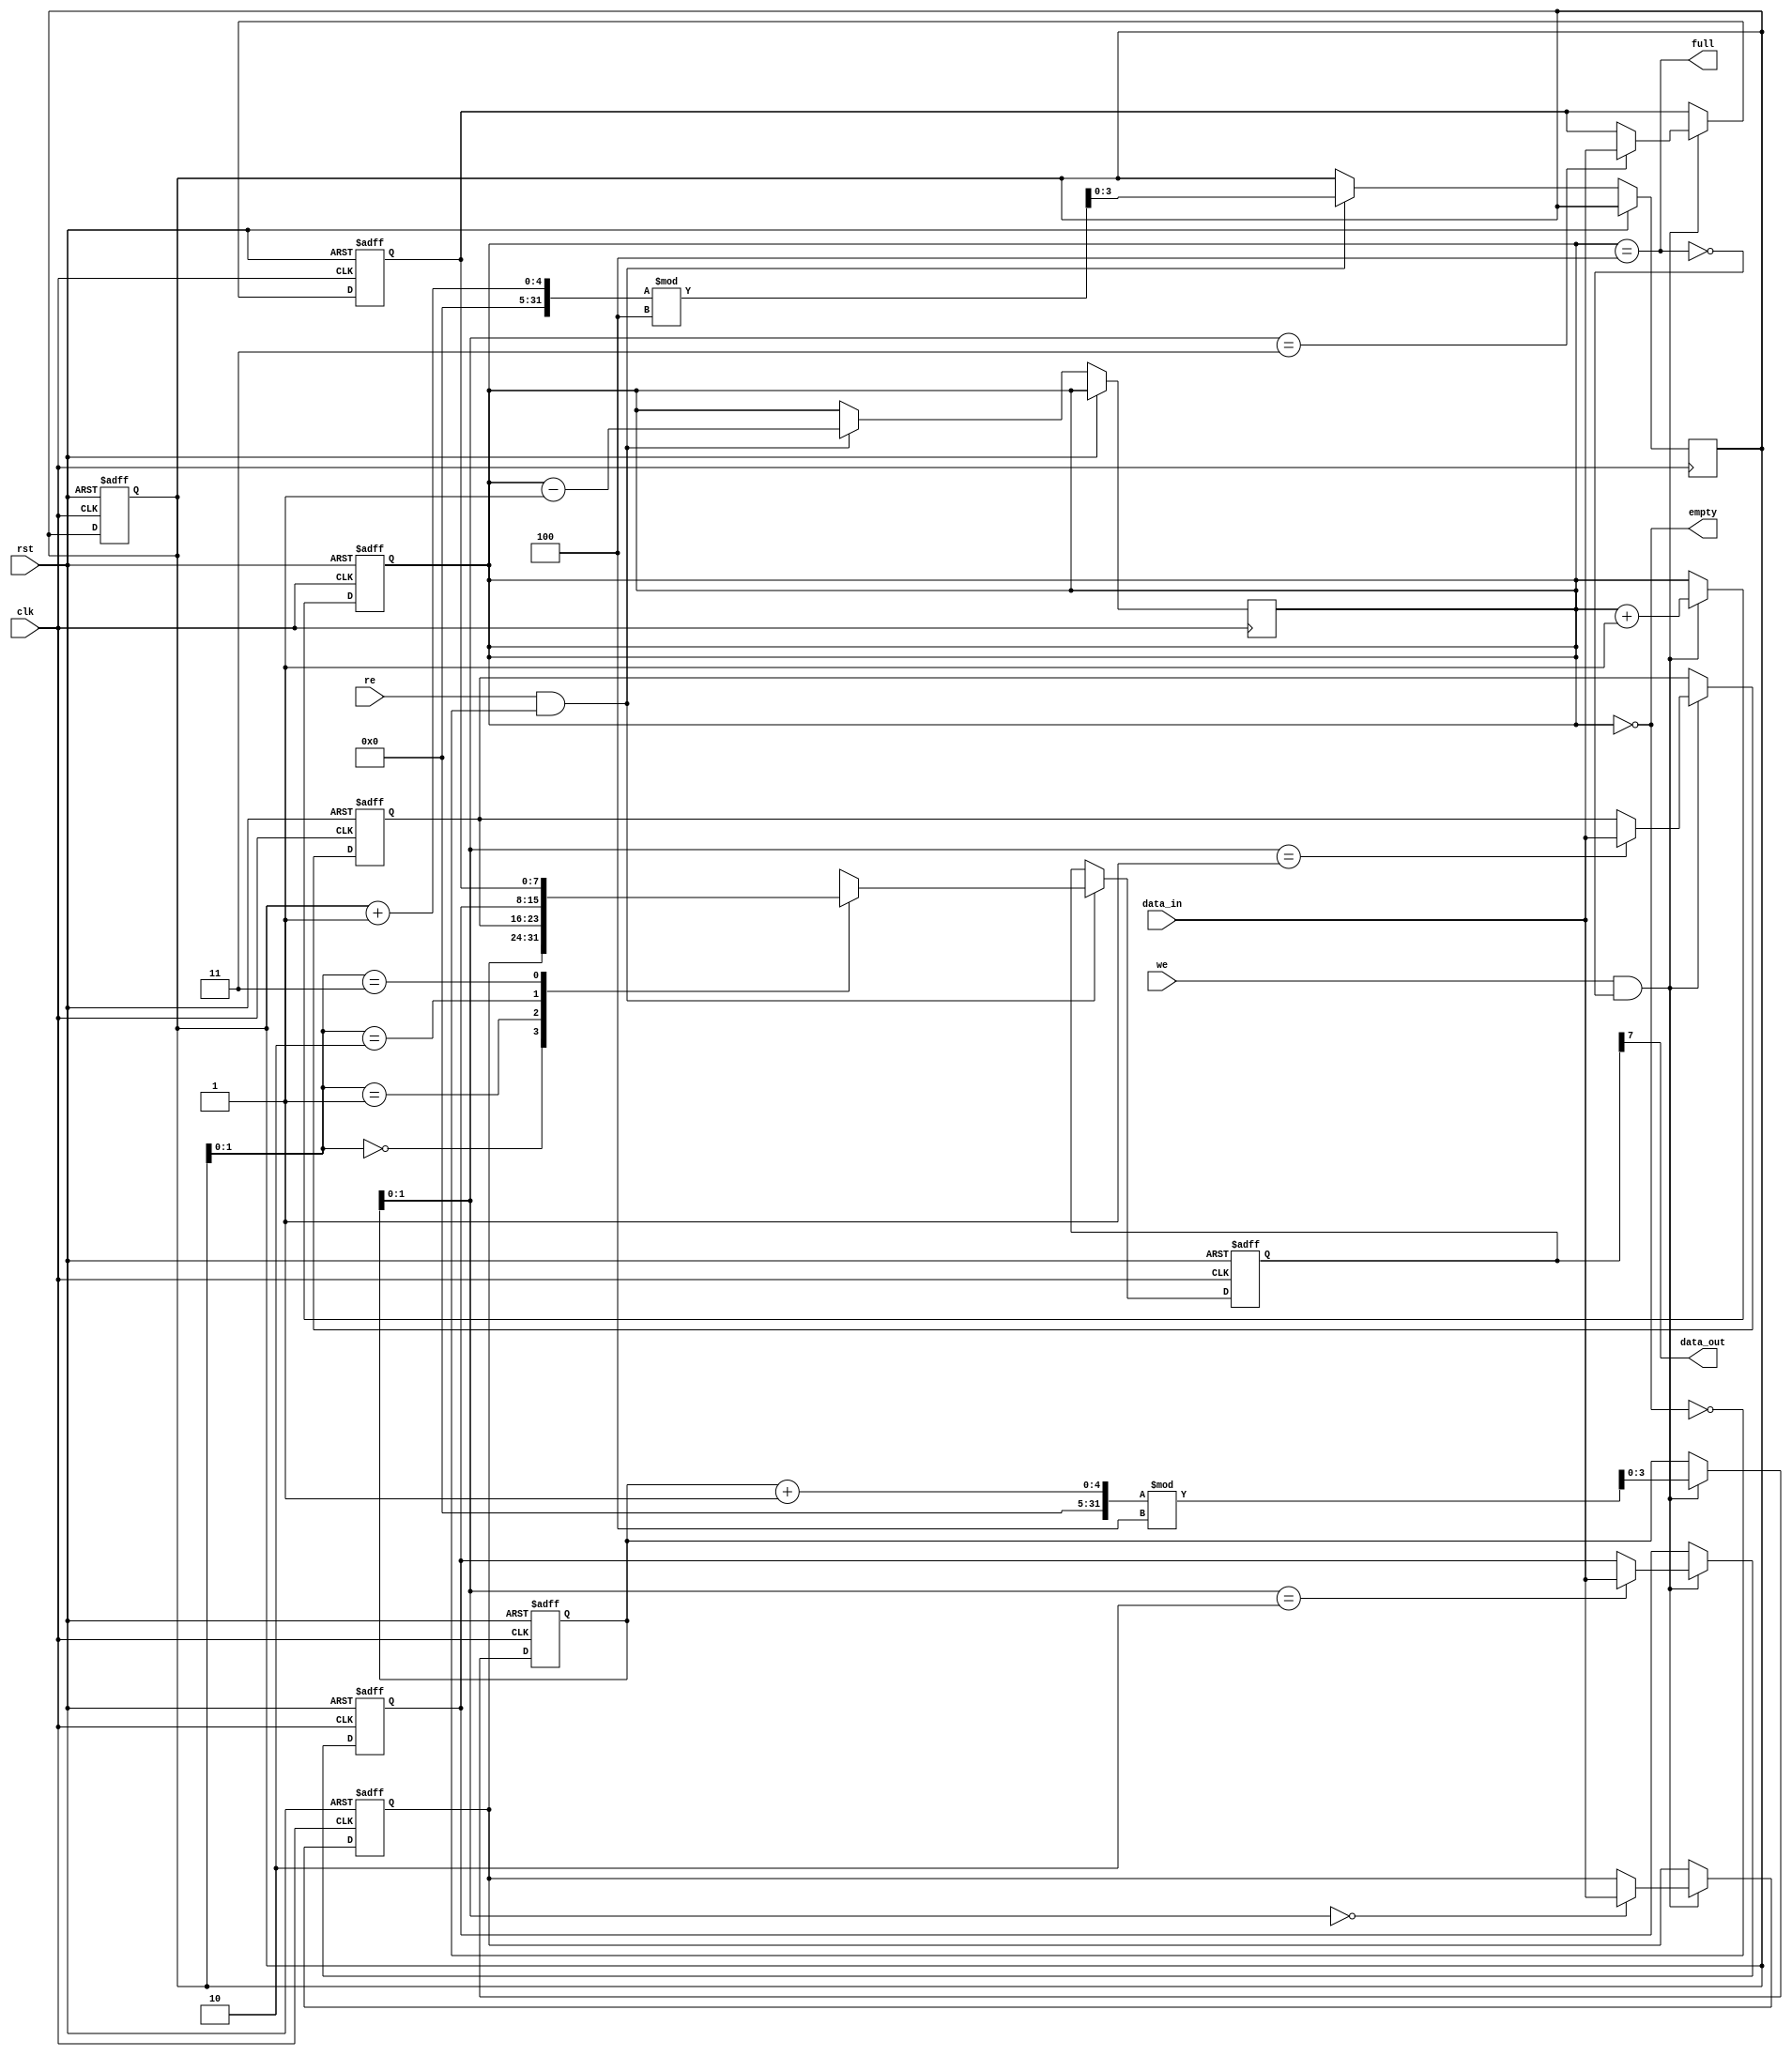
module FIFO_PISO #(
    parameter DATA_WIDTH = 8,  // Width of the data input
    parameter FIFO_DEPTH = 4    // Depth of the FIFO
)(
    input wire clk,              // Clock signal
    input wire rst,              // Reset signal
    input wire we,               // Write Enable
    input wire re,               // Read Enable
    input wire [DATA_WIDTH-1:0] data_in, // Parallel data input
    output wire data_out,        // Serial data output
    output wire full,            // Full flag
    output wire empty            // Empty flag
);

    // Internal registers
    reg [DATA_WIDTH-1:0] fifo_reg [0:FIFO_DEPTH-1]; // FIFO storage
    reg [FIFO_DEPTH-1:0] fifo_count;                 // Count of elements in FIFO
    reg [FIFO_DEPTH-1:0] read_ptr;                   // Read pointer
    reg [FIFO_DEPTH-1:0] write_ptr;                  // Write pointer
    reg [DATA_WIDTH-1:0] shift_reg;                  // Shift register for serial output

    // Initialize registers
    integer i;
    initial begin
        read_ptr = 0;
        write_ptr = 0;
        fifo_count = 0;
        for (i = 0; i < FIFO_DEPTH; i = i + 1) begin
            fifo_reg[i] = 0;
        end
    end

    // Full and empty flag logic
    assign full = (fifo_count == FIFO_DEPTH);
    assign empty = (fifo_count == 0);
    
    // Serial output logic
    assign data_out = shift_reg[DATA_WIDTH-1];

    // Write logic
    always @(posedge clk or posedge rst) begin
        if (rst) begin
            // Reset FIFO
            read_ptr <= 0;
            write_ptr <= 0;
            fifo_count <= 0;
            for (i = 0; i < FIFO_DEPTH; i = i + 1) begin
                fifo_reg[i] <= 0;
            end
        end else if (we && !full) begin
            // Write data into FIFO
            fifo_reg[write_ptr] <= data_in;
            write_ptr <= (write_ptr + 1) % FIFO_DEPTH;
            fifo_count <= fifo_count + 1;
        end
    end

    // Read logic
    always @(posedge clk or posedge rst) begin
        if (rst) begin
            // Reset shift register
            shift_reg <= 0;
        end else if (re && !empty) begin
            // Shift out data from FIFO
            shift_reg <= fifo_reg[read_ptr];
            read_ptr <= (read_ptr + 1) % FIFO_DEPTH;
            fifo_count <= fifo_count - 1;
        end
    end

endmodule